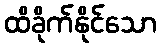
ထိခိုက်နိုင်သော